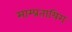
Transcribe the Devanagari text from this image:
साम्प्रतायिग